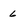
Character: 6